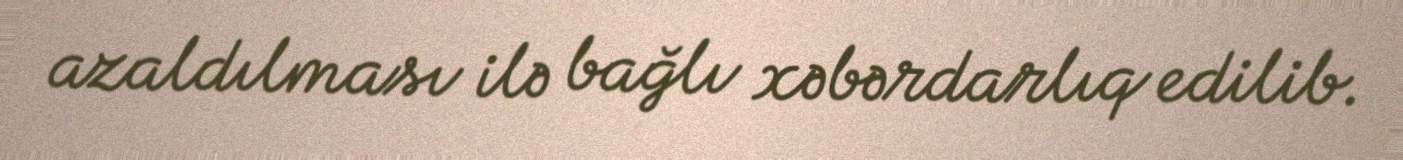
azaldılması ilə bağlı xəbərdarlıq edilib.